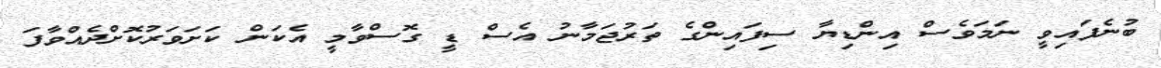
ބުނެފައިވީ ނަމަވެސް އިންޑިޔާ ސިފައިންގެ ތަރުޖަމާނު އެސް ޑީ ގޮސްވާމީ އެކަން ކަށަވަރުކޮށްދެއްވާފަ